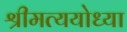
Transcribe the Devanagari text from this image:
श्रीमत्ययोध्या